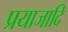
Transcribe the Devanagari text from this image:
प्रयाजादि